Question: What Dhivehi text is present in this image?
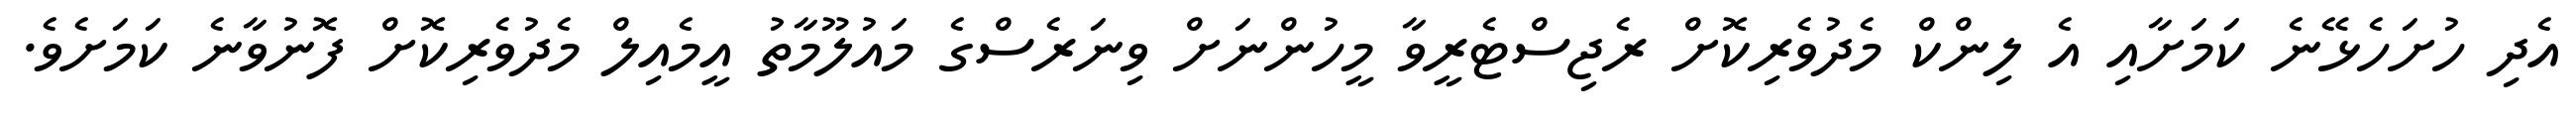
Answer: އެދި ހުށަހެޅޭނެ ކަމަށާއި އެ ލިންކް މެދުވެރިކޮށް ރެޖިސްޓެރީވާ މީހުންނަށް ވިނަރެސްގެ މައުލޫމާތު އީމެއިލް މެދުވެރިކޮށް ފޮނުވާނެ ކަމަށެވެ.